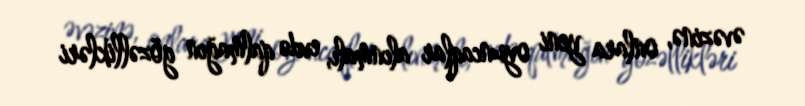
əvəzinə, onlara yeni oyuncaqlar alınmalı, evdə qalmağın gözəllikləri